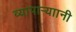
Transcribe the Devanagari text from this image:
व्यापाऱ्याानी